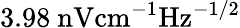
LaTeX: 3.98\ \mathrm{nV}\mathrm{cm}^{-1}\mathrm{Hz}^{-1/2}